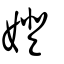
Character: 嬁